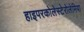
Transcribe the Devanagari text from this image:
हाइपरकोलेस्टेरोलेमिया